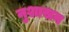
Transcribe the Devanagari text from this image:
नुशासन